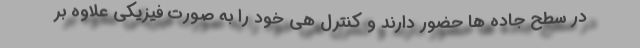
در سطح جاده ها حضور دارند و کنترل هی خود را به صورت فیزیکی علاوه بر